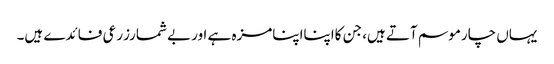
یہاں چارموسم آتے ہیں، جن کااپنااپنامزہ ہے اوربے شمارزرعی فائدے ہیں۔